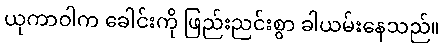
ယုကာဝါက ခေါင်းကို ဖြည်းညင်းစွာ ခါယမ်းနေသည်။